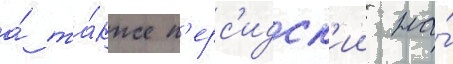
а́ та́кже п'ерс'идск'ии на́